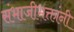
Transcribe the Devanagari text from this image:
संभाजीभक्तांनी